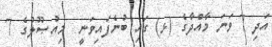
އަދި 7 ވަނަ މާއްދާގެ (ޅ) ގައި ބުނެފައިވަނީ  މިއުޞޫލުގެ 7